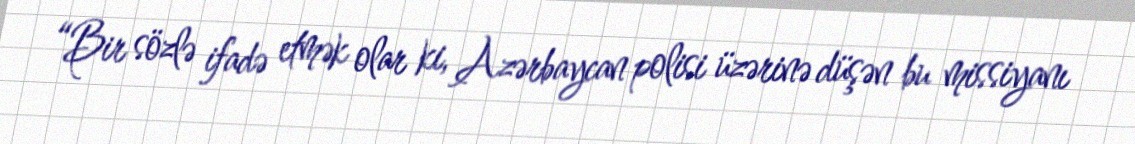
“Bir sözlə ifadə etmək olar ki, Azərbaycan polisi üzərinə düşən bu missiyanı